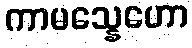
ကာမသ္နေဟော